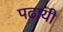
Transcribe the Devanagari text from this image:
पढायी